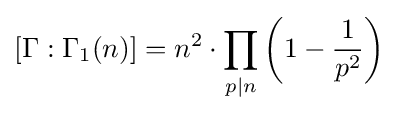
[\Gamma :\Gamma _{1}(n)]=n^{2}\cdot \prod _{p|n}\left(1-{\frac {1}{p^{2}}}\right)